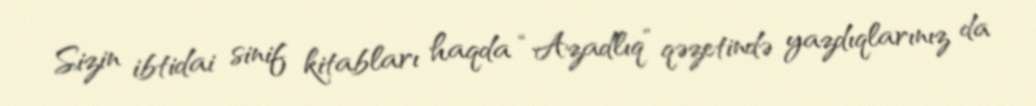
Sizin ibtidai sinif kitabları haqda “Azadlıq” qəzetində yazdıqlarınız da